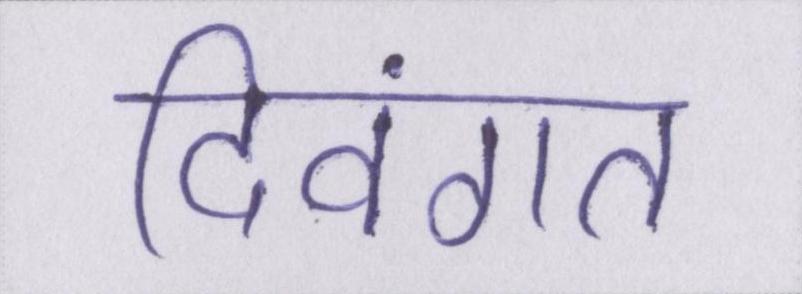
दिवंगत